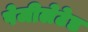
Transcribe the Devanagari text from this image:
पेजीलेटेड